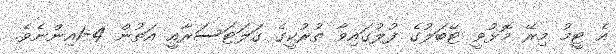
އެ ޓީމު މިރޭ މޮޅުވީ ޓޭބަލުގެ ފުލުގައިވާ ތުރުކީގެ ގަލަޓަސަރާއީ އަތުން 4-1އިންނެވެ.